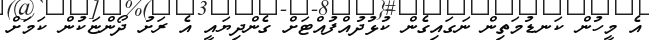
އެ މީހުން ކަނޑުމަތިން ނަގައިގެން ކުޅުުދުއްފުއްޓަށް ގެންދިޔައީ އެ ރަށު ދޯންޏަކުން ކަމަށް